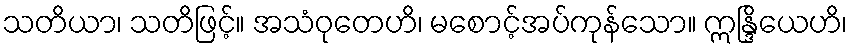
သတိယာ၊ သတိဖြင့်။ အသံဝုတေဟိ၊ မစောင့်အပ်ကုန်သော။ ဣန္ဒြိယေဟိ၊